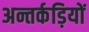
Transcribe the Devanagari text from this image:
अन्तर्कड़ियों